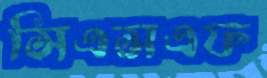
সিএসএফ